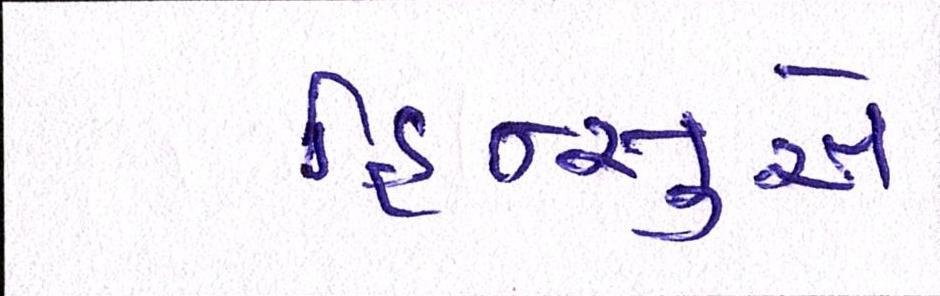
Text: હિન્સુએ